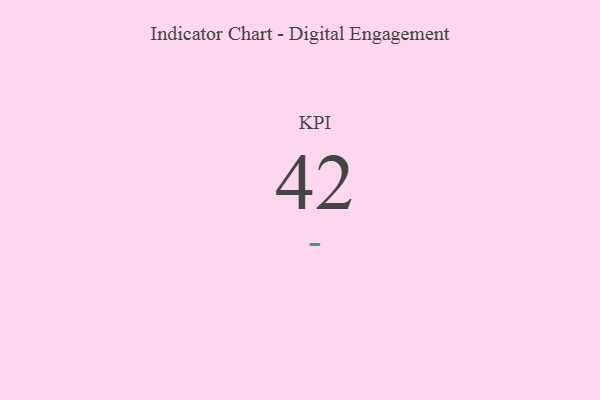
{"axis": {"x": "KPI", "y": "Value"}, "legend": [""], "data": [{"x": "KPI", "y": 42, "type": ""}]}